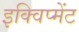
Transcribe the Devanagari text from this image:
इक्विप्मेंट